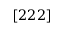
[ 2 2 2 ]